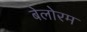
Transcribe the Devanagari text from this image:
बेलोरम